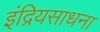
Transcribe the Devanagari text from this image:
इंद्रियसाधना